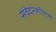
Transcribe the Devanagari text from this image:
संवेदनशीलते